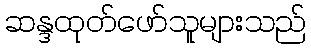
ဆန္ဒထုတ်ဖော်သူများသည်